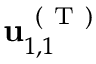
\mathbf { u } _ { 1 , 1 } ^ { \mathrm { ~ ( ~ T ~ ) ~ } }